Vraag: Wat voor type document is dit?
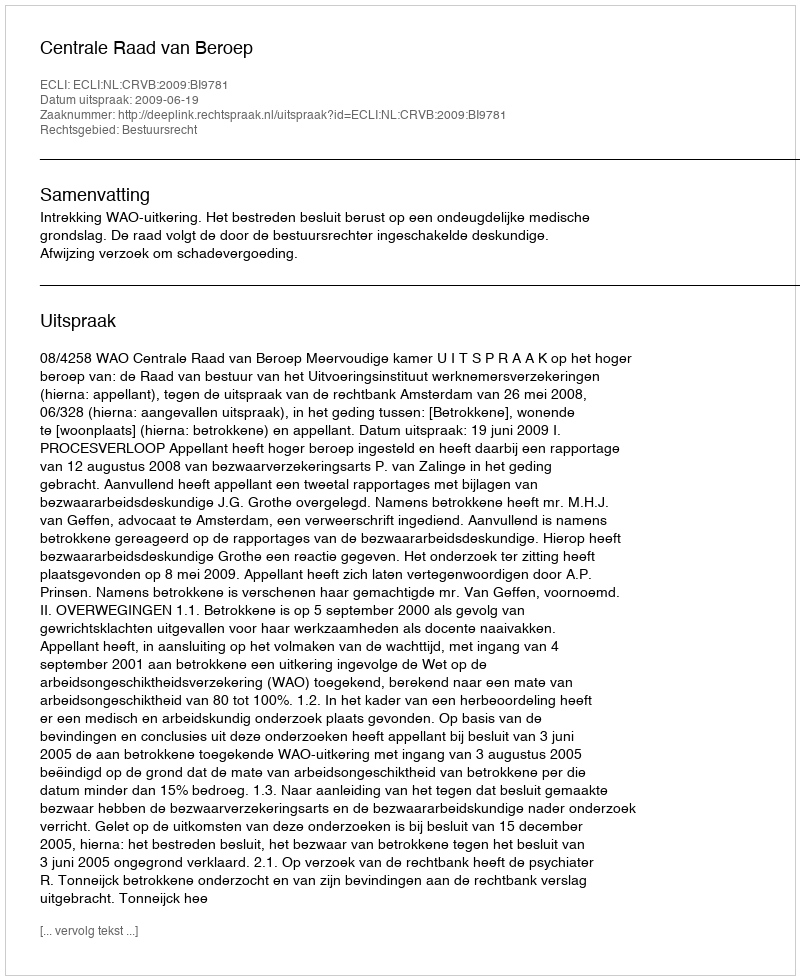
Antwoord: Uitspraak